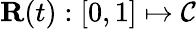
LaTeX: {\mathbf{R}}(t):[0,1]\mapsto{\mathcal{C}}